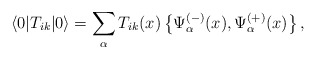
\begin{align*}\langle 0\vert T_{ik}\vert 0\rangle =\sum_{\alpha }T_{ik}(x)\left\{ \Psi _{\alpha }^{(-)}(x), \Psi _{\alpha }^{(+)}(x)\right\}, \end{align*}